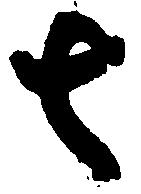
去